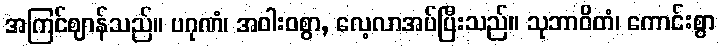
အကြင်ဈာန်သည်။ ပဂုဏံ၊ အဝါးဝစွာ, လေ့လာအပ်ပြီးသည်။ သုဘာဝိတံ၊ ကောင်းစွာ